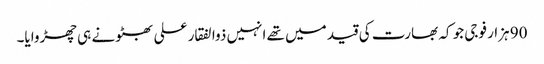
90 ہزار فوجی جو کہ بھارت کی قید میں تھے انہیں ذوالفقار علی بھٹو نے ہی چھڑوایا۔